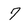
Character: 7